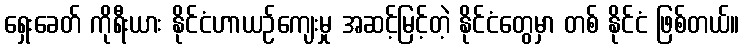
ရှေးခေတ် ကိုရီးယား နိုင်ငံဟာယဉ်ကျေးမှု အဆင့်မြင့်တဲ့ နိုင်ငံတွေမှာ တစ် နိုင်ငံ ဖြစ်တယ်။